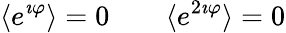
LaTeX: \langle e^{\imath\varphi}\rangle=0\qquad\langle e^{2\imath\varphi}\rangle=0